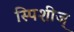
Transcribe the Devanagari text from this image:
स्पिशीज्‌